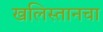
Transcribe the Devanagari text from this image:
खलिस्तानचा